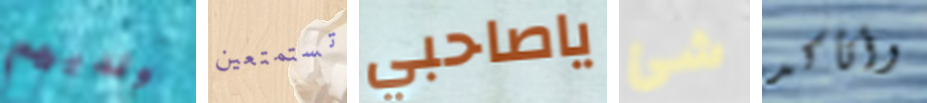
ولديهم تستمتعين ياصاحبي شئ وأتأكد